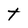
Character: t